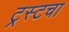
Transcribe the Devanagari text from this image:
ट्रस्टचा